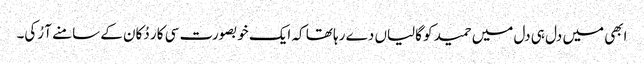
ابھی میں دل ہی دل میں حمید کو گالیاں دے رہا تھا کہ ایک خوبصورت سی کار دُکان کے سامنے آ رُکی۔